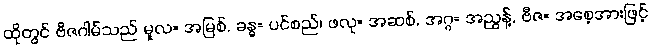
ထိုတွင် ဗီဇဂါမ်သည် မူလ= အမြစ်, ခန္ဓ= ပင်စည်၊ ဖလု= အဆစ်, အဂ္ဂ= အညွန့်, ဗီဇ= အစေ့အားဖြင့်